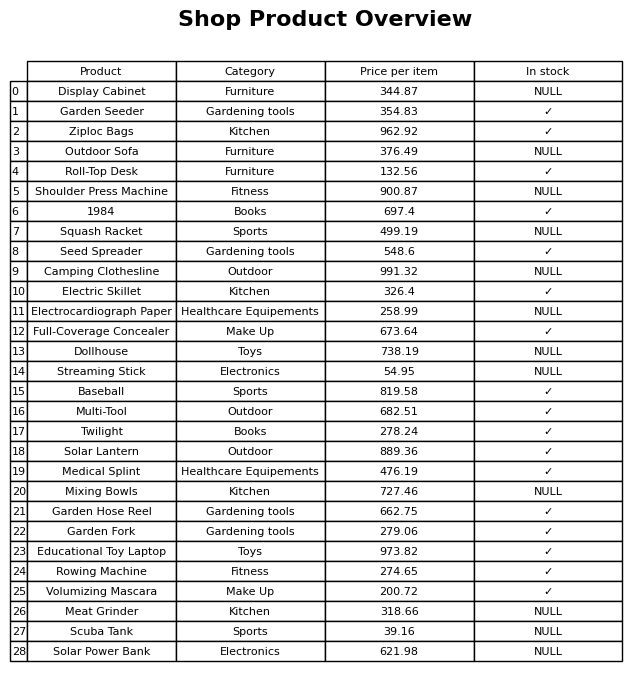
question: Is the Full-Coverage Concealer in stock?
answer: ✓